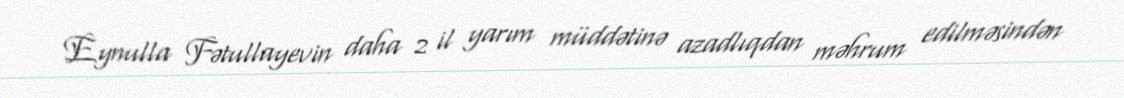
Eynulla Fətullayevin daha 2 il yarım müddətinə azadlıqdan məhrum edilməsindən